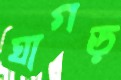
ঘাগড়